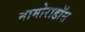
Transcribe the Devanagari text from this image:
नामोराडॉस